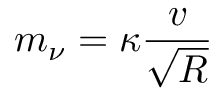
m _ { \nu } = \kappa \frac { v } { \sqrt { R } }